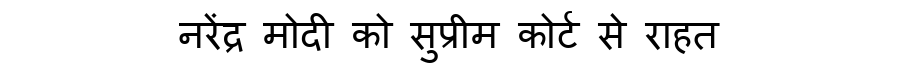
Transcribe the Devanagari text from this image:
नरेंद्र मोदी को सुप्रीम कोर्ट से राहत